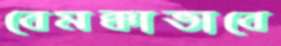
বেমক্কাভাবে